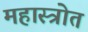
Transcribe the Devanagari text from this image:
महास्त्रोत